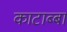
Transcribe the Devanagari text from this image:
काटाब्बा